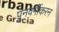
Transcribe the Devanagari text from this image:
पुनवर्गीकरन